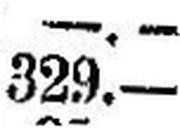
329.—